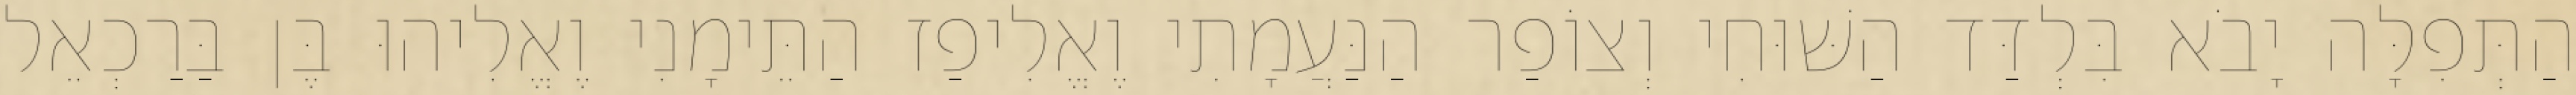
הַתְּפִלָּה יָבֹא בִּלְדַּד הַשּׁוּחִי וְצוֹפַר הַנַּעֲמָתִי וֶאֱלִיפַז הַתֵּימָנִי וֶאֱלִיהוּ בֶּן בַּרַכְאֵל